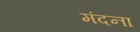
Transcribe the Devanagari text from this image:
मंदना